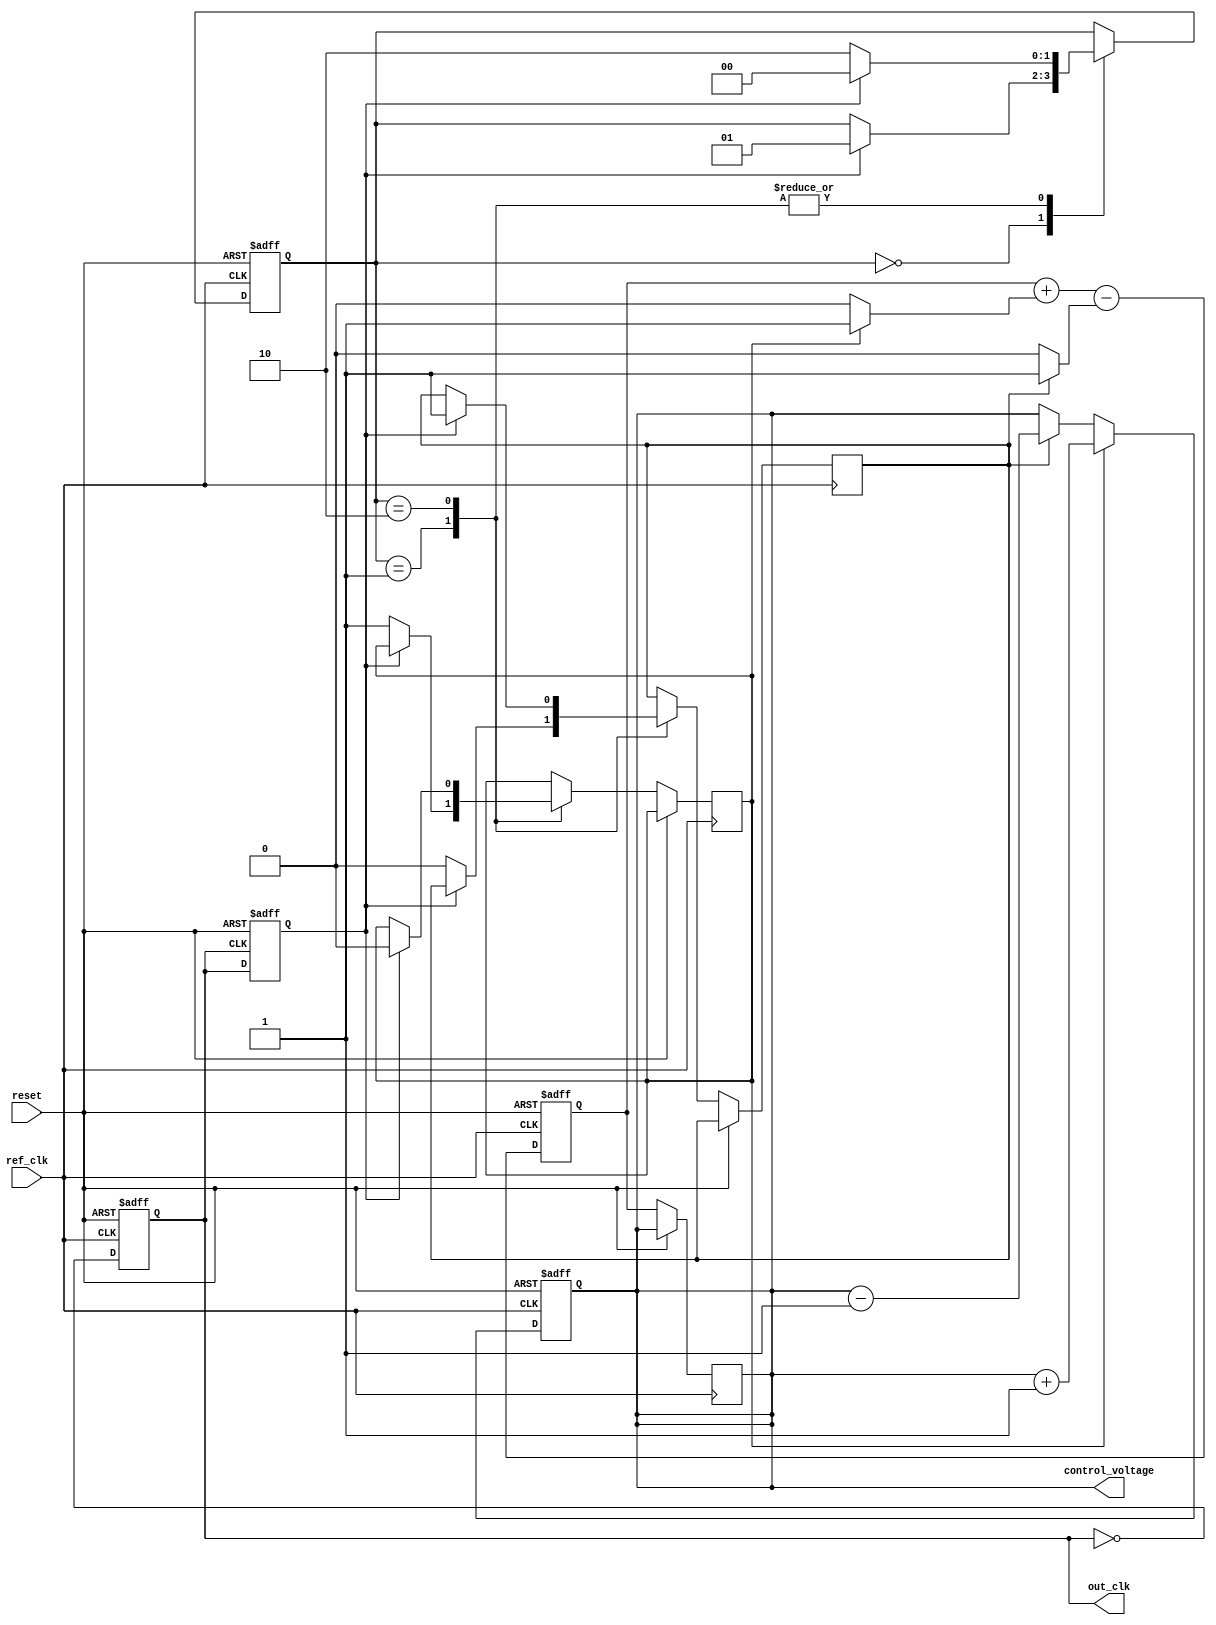
module pll (
    input wire ref_clk,           // Input reference clock
    input wire reset,             // Asynchronous reset
    output reg out_clk,           // Output clock
    output reg [7:0] control_voltage // Control voltage (for VCO)
);

// State definitions for PFD
localparam IDLE = 2'b00, RISING = 2'b01, FALLING = 2'b10;
reg [1:0] pfd_state = IDLE;

// Internal signals
reg feedback_clk;               // Feedback clock signal
reg charge_pump_up;             // Charge pump up signal
reg charge_pump_down;           // Charge pump down signal
reg [7:0] loop_filter;          // Loop filter output
reg [7:0] vco_frequency;        // VCO frequency control

// Phase Frequency Detector (PFD)
always @(posedge ref_clk or posedge reset) begin
    if (reset) begin
        pfd_state <= IDLE;
    end else begin
        case (pfd_state)
            IDLE: begin
                if (feedback_clk) begin
                    pfd_state <= RISING;
                end
            end
            RISING: begin
                if (!feedback_clk) begin
                    charge_pump_up <= 1;
                    charge_pump_down <= 0;
                    pfd_state <= FALLING;
                end else begin
                    pfd_state <= IDLE;
                end
            end
            FALLING: begin
                if (feedback_clk) begin
                    charge_pump_up <= 0;
                    charge_pump_down <= 1;
                    pfd_state <= IDLE;
                end else begin
                    pfd_state <= FALLING;
                end
            end
        endcase
    end
end

// Charge Pump
always @(posedge ref_clk or posedge reset) begin
    if (reset) begin
        control_voltage <= 8'h00;
    end else begin
        if (charge_pump_up) begin
            control_voltage <= control_voltage + 1;
        end else if (charge_pump_down) begin
            control_voltage <= control_voltage - 1;
        end
    end
end

// Voltage-Controlled Oscillator (VCO)
always @(posedge ref_clk or posedge reset) begin
    if (reset) begin
        out_clk <= 0;
        vco_frequency <= 8'h00;
    end else begin
        // Example VCO logic: output clock frequency is proportional to control_voltage
        out_clk <= ~out_clk;
        vco_frequency <= control_voltage; // Simplified control
    end
end

// Feedback Path
always @(posedge out_clk or posedge reset) begin
    if (reset) begin
        feedback_clk <= 0;
    end else begin
        feedback_clk <= out_clk; // Direct feedback for simplicity
    end
end

// Loop Filter (Simple integrator for illustration)
always @(posedge ref_clk or posedge reset) begin
    if (reset) begin
        loop_filter <= 8'h00;
    end else begin
        loop_filter <= loop_filter + (charge_pump_up ? 1 : 0) - (charge_pump_down ? 1 : 0);
        control_voltage <= loop_filter; // Update control voltage based on loop filter
    end
end

endmodule